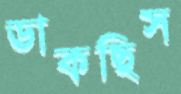
ডাকছিস